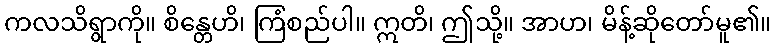
ကလသိရွာကို။ စိန္တေဟိ၊ ကြံစည်ပါ။ ဣတိ၊ ဤသို့။ အာဟ၊ မိန့်ဆိုတော်မူ၏။